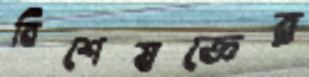
বিশেষজ্ঞের